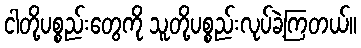
ငါတို့ပစ္စည်းတွေကို သူတို့ပစ္စည်းလုပ်ခဲ့ကြတယ်။